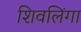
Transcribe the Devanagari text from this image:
शिवलिंगा